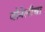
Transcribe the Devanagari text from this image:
बोनेलीचा